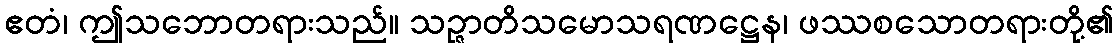
ဧတံ၊ ဤသဘောတရားသည်။ သဉ္ဇာတိသမောသရဏဋ္ဌေန၊ ဖဿစသောတရားတို့၏